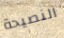
النصيحة